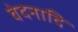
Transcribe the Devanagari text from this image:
वेदनादि